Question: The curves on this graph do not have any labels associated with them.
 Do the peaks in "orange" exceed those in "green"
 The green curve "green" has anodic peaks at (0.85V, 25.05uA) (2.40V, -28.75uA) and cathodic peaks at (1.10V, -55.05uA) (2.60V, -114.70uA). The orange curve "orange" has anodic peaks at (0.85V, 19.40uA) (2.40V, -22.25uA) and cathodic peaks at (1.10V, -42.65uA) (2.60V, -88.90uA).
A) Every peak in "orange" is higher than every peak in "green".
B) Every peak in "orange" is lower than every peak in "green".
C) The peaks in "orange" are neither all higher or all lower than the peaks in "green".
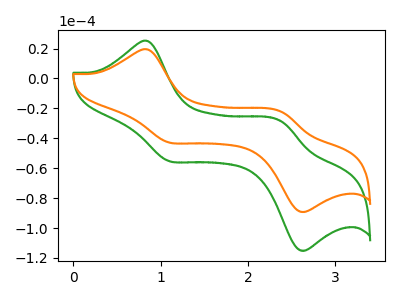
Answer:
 <answer>C) The peaks in "orange" are neither all higher or all lower than the peaks in "green".</answer>
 <eval>C</eval>